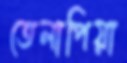
তেলাপিয়া